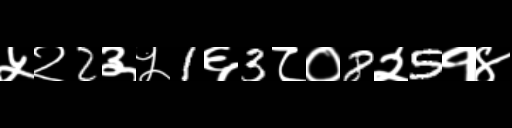
Text: ५२2३५1६3८०8२5१४